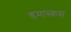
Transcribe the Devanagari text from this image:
डमास्कस